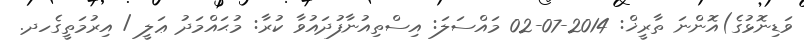
ވަޑިނޮޅުގެ)އޮންނަ ތާރީޚް: 2014-07-02 މައްސަލަ: އިސްތިއުނާފުދައުވާ ކުރާ: މުޙައްމަދު ޢަލީ / އިރުމަތީގެހދ.